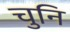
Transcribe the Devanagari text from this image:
चुनि